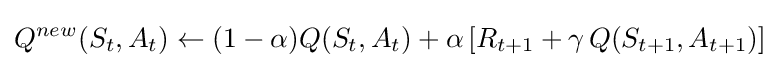
Q^{new}(S_{t},A_{t})\leftarrow (1-\alpha )Q(S_{t},A_{t})+\alpha \,[R_{t+1}+\gamma \,Q(S_{t+1},A_{t+1})]